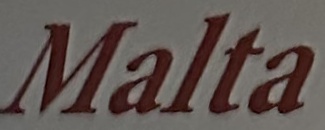
Malta